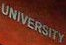
UNIVERSITY